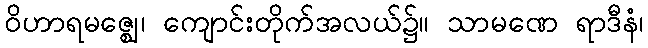
ဝိဟာရမဇ္ဈေ၊ ကျောင်းတိုက်အလယ်၌။ သာမဏေ ရာဒီနံ၊